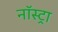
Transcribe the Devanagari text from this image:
नॉस्ट्रा